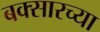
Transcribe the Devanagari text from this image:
बक्सारच्या